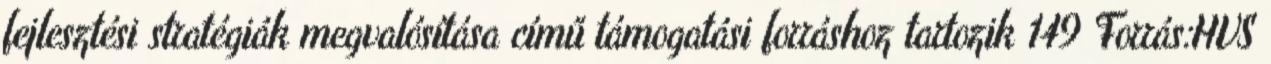
fejlesztési stratégiák megvalósítása című támogatási forráshoz tartozik 149 Forrás:HVS